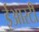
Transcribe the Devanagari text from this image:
ईआरटी